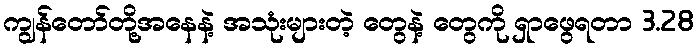
ကျွန်တော်တို့အနေနဲ့ အသုံးများတဲ့ တွေနဲ့ တွေကို ရှာဖွေရတာ 3.28